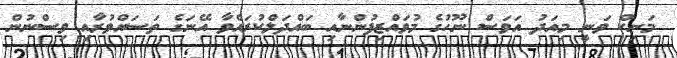
މަނިކް ވަނީ މިއަދު އަވަސް ނޫހުގެ މުވައްޒިފުންނާއި ބައްދަލްކުރައްވާ އޭނަގެ ތަސައްވުރާއި ވިސްނުން